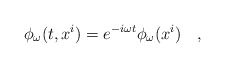
\begin{align*}\phi_{\omega}(t,x^i)=e^{-i\omega t}\phi_{\omega}(x^i)~~~,\end{align*}